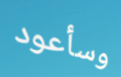
وسأعود